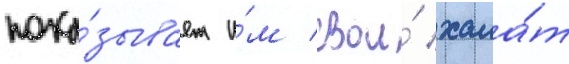
пока́зывает и́м свои́ хала́т